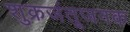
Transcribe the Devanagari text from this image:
शुक्रजंतूजनक